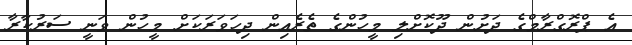
އެ ޕްރޮގްރާމްގެ ދަށުން ދޫކޮށްލި މީހުންގެ ތެރެއިން ދިހަވަރަކަށް މީހުން ވަނީ ސަރުކާރާ